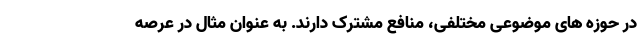
در حوزه های موضوعی مختلفی، منافع مشترک دارند. به عنوان مثال در عرصه